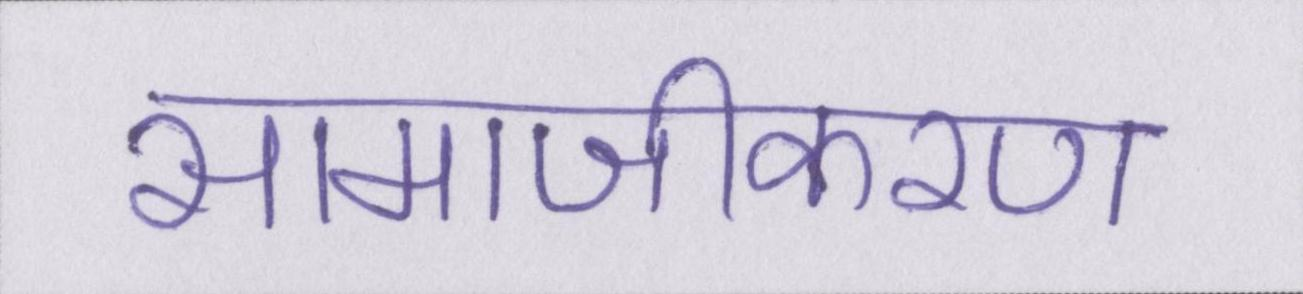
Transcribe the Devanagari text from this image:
सामाजीकरण